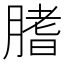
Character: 𦞯